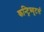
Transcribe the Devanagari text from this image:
कन्ट्रिब्यूटर्स